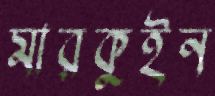
মারকুইন